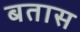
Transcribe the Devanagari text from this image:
बतास